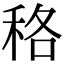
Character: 䅂